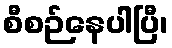
စီစဉ်နေပါပြီ၊